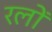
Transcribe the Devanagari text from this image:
रलों